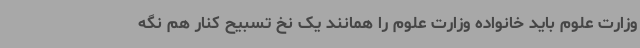
وزارت علوم باید خانواده وزارت علوم را همانند یک نخ تسبیح کنار هم نگه